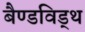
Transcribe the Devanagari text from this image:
बैण्डविड्थ